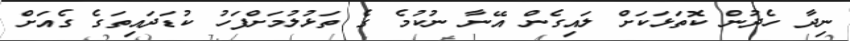
ނިދާ ހެދުން ކޮތަޅަކަށް ލައިގެން އޭނާ ނުކުމެ ގެ ތަޅުލުމަށްފަހު ކުޑަދައިތަގެ ގެއަށް